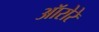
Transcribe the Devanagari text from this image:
ऑरोरे